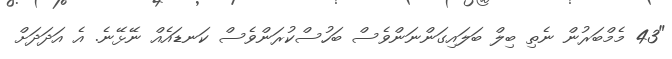
"43 މެމްބަރުން ނެތި ބިލް ބަލައިގަންނަންވެސް ބަހުސްކުރަންވެސް ކަނޑައެއް ނޭޅޭނެ. އެ އަދަދަށް